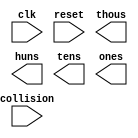
`timescale 1ns / 1ps

module score(
    input wire clk,
    input wire reset,
    input wire collision,
    
    output wire [3:0] thous,
    output wire [3:0] huns, 
    output wire [3:0] tens, 
    output wire [3:0] ones
    );
    
    reg [3:0] onescnt;
    reg [3:0] tenscnt;
    reg [3:0] hunscnt;
    reg [3:0] thouscnt;
    
   
//    always @(posedge collision) begin
    
//    end
    
    always @(posedge clk) begin
        if (reset) begin
            onescnt <= 0;
            tenscnt <= 0;
            hunscnt <= 0;
            thouscnt <= 0;
        end
        
        if (collision) begin
            if (onescnt == 9) begin
                // ones overflow
                if (tenscnt == 9) begin
                    //tens overflow
                    if (hunscnt == 9) begin
                        //hundrends overflow
                        if (thouscnt == 9) begin
                            onescnt <= 0;
                            tenscnt <= 0;
                            hunscnt <= 0;
                            thouscnt <= 0;
                        end
                        // Increase thousands
                        onescnt <= 0;
                        tenscnt <= 0;
                        hunscnt <= 0;
                        thouscnt <= thouscnt +1; 
                    end
                    // Increase hundreds
                    onescnt <= 0;
                    tenscnt <= 0;
                    hunscnt <= hunscnt +1;
                end
                // Increase tens
                onescnt <=0;
                tenscnt <= tenscnt +1;
            end
            // Increase ones
            onescnt <= onescnt +1;
        end
        
    end    
endmodule